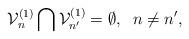
LaTeX: \begin{align*}{\cal V}^{(1)}_{n}\bigcap{\cal V}^{(1)}_{n'}=\emptyset,\;\;n\neq n',\end{align*}